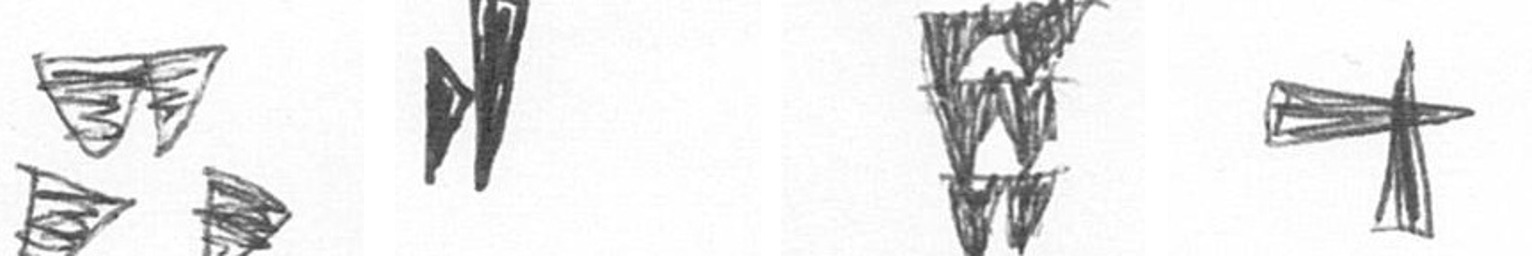
B M Y G